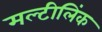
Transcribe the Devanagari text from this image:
मल्टीलिंक